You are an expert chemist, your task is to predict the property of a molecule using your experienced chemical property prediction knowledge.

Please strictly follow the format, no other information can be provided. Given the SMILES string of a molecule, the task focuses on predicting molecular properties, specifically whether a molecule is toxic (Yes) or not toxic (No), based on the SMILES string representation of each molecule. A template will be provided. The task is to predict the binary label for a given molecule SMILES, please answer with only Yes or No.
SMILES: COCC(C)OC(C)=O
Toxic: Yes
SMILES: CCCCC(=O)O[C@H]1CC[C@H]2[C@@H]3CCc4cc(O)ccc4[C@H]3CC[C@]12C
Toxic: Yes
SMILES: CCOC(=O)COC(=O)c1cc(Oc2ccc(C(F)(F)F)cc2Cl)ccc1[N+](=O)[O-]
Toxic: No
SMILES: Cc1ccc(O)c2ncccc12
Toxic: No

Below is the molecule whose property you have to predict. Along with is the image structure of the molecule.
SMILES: CN[C@@]1(c2ccccc2Cl)CCCCC1=O
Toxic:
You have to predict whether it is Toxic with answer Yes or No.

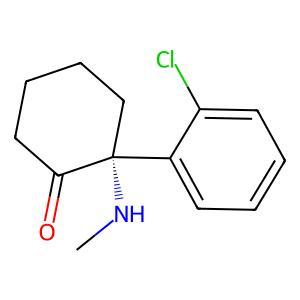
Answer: No